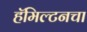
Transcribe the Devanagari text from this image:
हॅमिल्टनचा